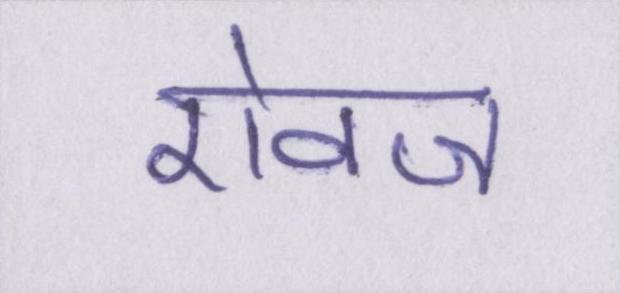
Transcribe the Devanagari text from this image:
ऐवज